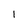
Character: I